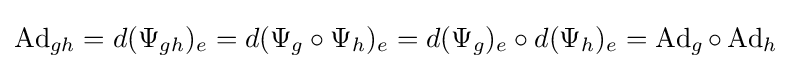
\operatorname {Ad} _{gh}=d(\Psi _{gh})_{e}=d(\Psi _{g}\circ \Psi _{h})_{e}=d(\Psi _{g})_{e}\circ d(\Psi _{h})_{e}=\operatorname {Ad} _{g}\circ \operatorname {Ad} _{h}